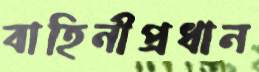
বাহিনীপ্রধান